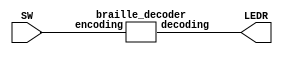
module m1(SW, LEDR);
    input [3:0] SW;
    output [5:0] LEDR;

    braille_decoder b1(
        .encoding(SW[3:0]),
        .decoding(LEDR[5:0])
    );
endmodule

module braille_decoder(encoding, decoding);
    input [3:0] encoding;
    output reg [5:0] decoding;

    always @(*)
        case (encoding)
            // 1 if coloured in, raster scan order
            4'd0: decoding = 6'b00_0111;
            4'd1: decoding = 6'b00_1000;
            4'd2: decoding = 6'b00_1010;
            4'd3: decoding = 6'b00_1100;
            4'd4: decoding = 6'b00_1101;
            4'd5: decoding = 6'b00_1001;
            4'd6: decoding = 6'b00_1110;
            4'd7: decoding = 6'b00_1111;
            4'd8: decoding = 6'b00_1011;
            4'd9: decoding = 6'b00_0101;
            4'd10: decoding = 6'b01_0011;
            4'd11: decoding = 6'b00_0011;
            4'd12: decoding = 6'b10_0001;
            4'd13: decoding = 6'b01_0010;
            4'd14: decoding = 6'b11_1111;
        endcase
endmodule